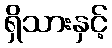
ရှိသားနှင့်